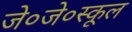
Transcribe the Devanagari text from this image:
जे०जे०स्कूल